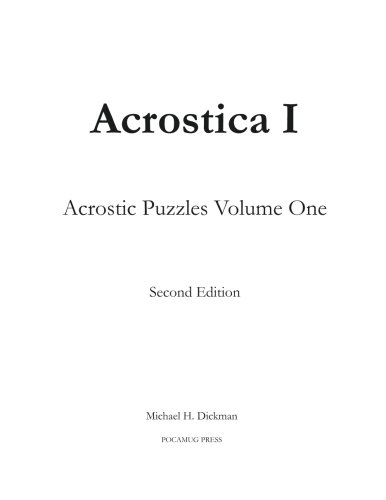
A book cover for Acrostica I: Acrostic Puzzles Volume One (Volume 1); Michael H Dickman; Humor & Entertainment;